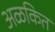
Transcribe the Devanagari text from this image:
अळकित